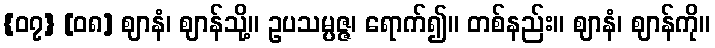
{၀၇} [၀၈] ဈာနံ၊ ဈာန်သို့။ ဥပသမ္ပဇ္ဇ၊ ရောက်၍။ တစ်နည်း။ ဈာနံ၊ ဈာန်ကို။